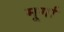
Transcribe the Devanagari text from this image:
मूर्गा